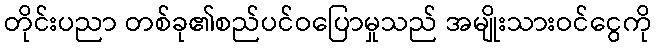
တိုင်းပညာ တစ်ခု၏စည်ပင်ဝပြောမှုသည် အမျိုးသားဝင်ငွေကို